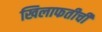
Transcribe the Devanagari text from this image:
खिलाफतीची